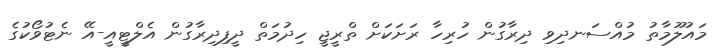
މައުލޫމާތު މުއްސަނދިވި ދިރާގުން ހުރިހާ ރަށަކަށް ތްރީޖީ ހިދުމަތް ދީފިދިރާގުން އެލްޓީއީ-އޭ ނެޓުވޯކުގެ